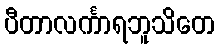
ပီတာလင်္ကာရဘူသိတေ